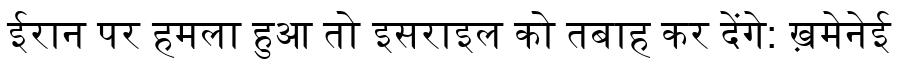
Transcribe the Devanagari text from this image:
ईरान पर हमला हुआ तो इसराइल को तबाह कर देंगे: ख़मेनेई